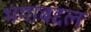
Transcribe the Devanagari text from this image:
भंगाबद्दल